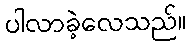
ပါလာခဲ့လေသည်။